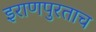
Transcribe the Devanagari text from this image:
इराणपुरताच